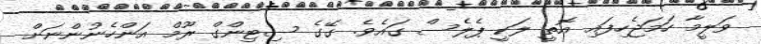
ވަލީމާ ހަމަޖެހިފައި އޮތީ ލަކީ ޕެލެސް ގައެވެ. ގޭގެ ސިޓިންގް ރޫމް އަަންހެނުންނަށް